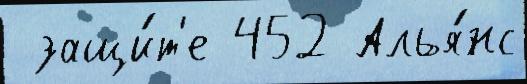
 защи́т'е 452 Алья́нс